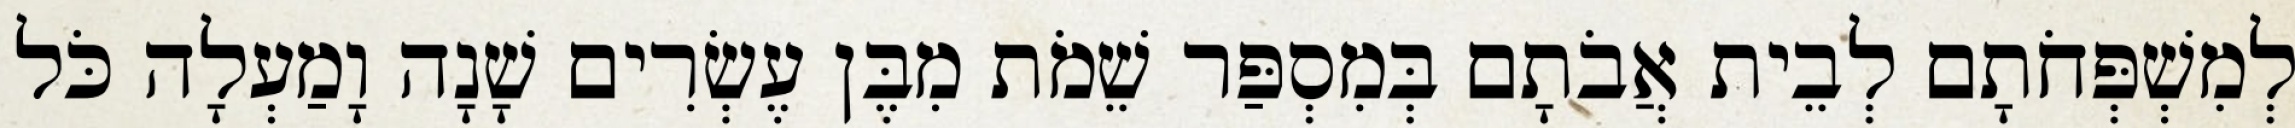
לְמִשְׁפְּחֹתָם לְבֵית אֲבֹתָם בְּמִסְפַּר שֵׁמֹת מִבֶּן עֶשְׂרִים שָׁנָה וָמַעְלָה כֹּל